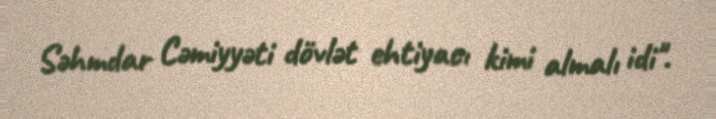
Səhmdar Cəmiyyəti dövlət ehtiyacı kimi almalı idi".